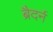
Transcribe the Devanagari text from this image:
ब्रैदर्न